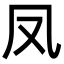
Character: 凤